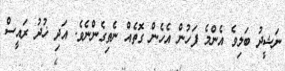
ނަޝީދު ބަލިވެ އެންމެ ފަހުން އެހެން ގޮތެއް ނެތިގެންނެވެ. އަދި ޚުދު ރައީސް